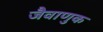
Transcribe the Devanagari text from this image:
जैवाणुक